Papers set at the Examination for Leaving Certificates, 1892
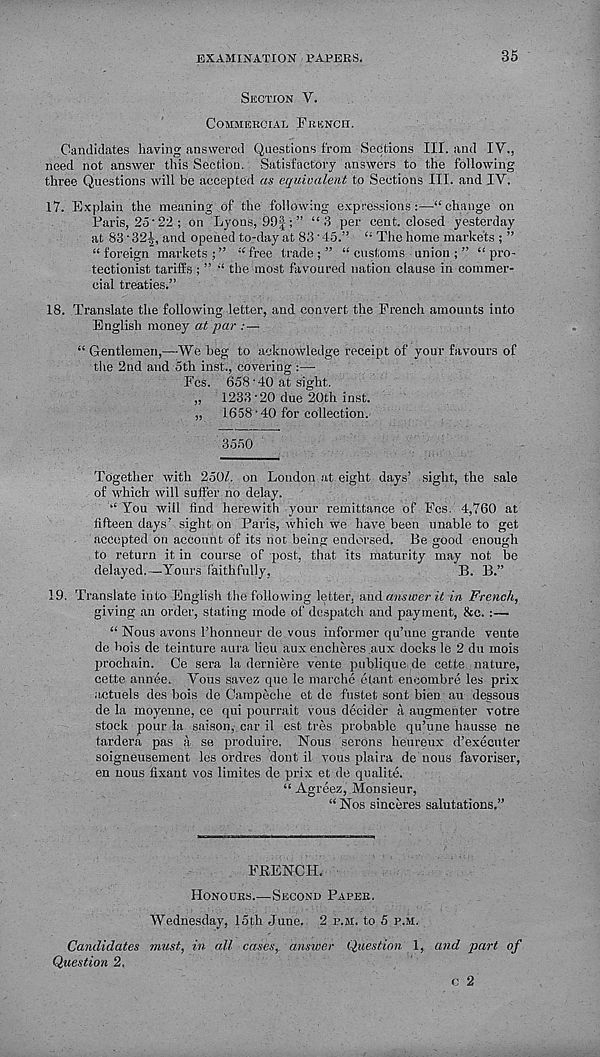
EXAMINATION PAPERS.
35
Section V.
Commercial French.
Candidates having answered Questions from Sections III. and IV.,
need not answer this Section. Satisfactory answers to the following
three Questions will be accepted as equivalent to Sections III. and IV.
17. Explain the meaning of the following expressions:—“change on
Paris, 25'22 ; on Lyons, 99|;” “ 3 per cent, closed yesterday
at 83'321, and opened to-day at 83'45.” “ The home markets ; ”
“foreign markets;” “free trade;” “customs union;” “pro-
tectionist tariffs ; ” “ the most favoured nation clause in commer-
cial treaties.”
18. Translate the following letter, and convert the French amounts into
English money at par :—
“ Gentlemen,—We beg to acknowledge receipt of your favours of
the 2nd and oth inst., covering :—
Fes. 658 • 40 at sight.
„ 1233'20 due 20th inst.
„ 1658 ■ 40 for collection.
3550
Together with 250/. on London at eight days’ sight, the sale
of which will suffer no delay.
“ You will find herewith your remittance of Fes. 4,760 at
fifteen days’ sight on Paris, which we have been unable to get
accepted on account of its not being endorsed. Be good enough
to return it in course of post, that its maturity may not he
delayed.—Yours faithfully,
B. B.”
19. Translate into English the following letter, and answer it in French,
giving an order, stating mode of despatch and payment, &c. :—
“ Nous avons 1’honneur de vous informer qu’une grande vente
de bois de teinture aura lieu aux encheres .aux docks le 2 du mois
prochain. Ce sera la derniere vente publique de cette nature,
cette annee. Vous savez que le marche etant eneombre les prix
actuels des bois de Campeche et de fustet sont bien an dessous
de la moyenne, ce qui pourrait vous decider a augmenter votre
stock pour la saison, car il est tres probable qu’une hausse ne
tardera pas a se produire. Nous serons heureux d’executer
soigneusement les ordres dont il vous plaira de nous favoriser,
en nous fixaut vos limites de prix et de qualite.
“ Agreez, Monsieur,
“ Nos sinceres salutations.”
FRENCH.
Honours.—Second Paper.
Wednesday, 15th June. 2 p.m. to 5 p.m.
Candidates must, in all cases,, answer Question 1, and part of
Question 2.
c 2